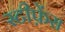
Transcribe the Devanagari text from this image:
स्टीफ़ेंस